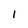
Character: 1